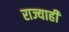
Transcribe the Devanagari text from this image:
राज्याही